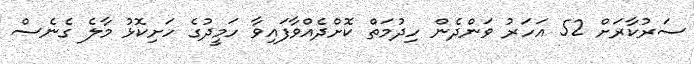
ސަރުކާރަށް 52 އަހަރު ވަންދެން ހިދުމަތް ކޮށްދެއްވާފައިވާ ހަމީދުގެ ހަށިކޮޅު މާލެ ގެނެސް